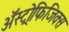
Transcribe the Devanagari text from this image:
अॅस्ट्रोफिजिक्स